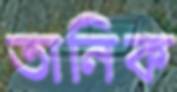
তানিক